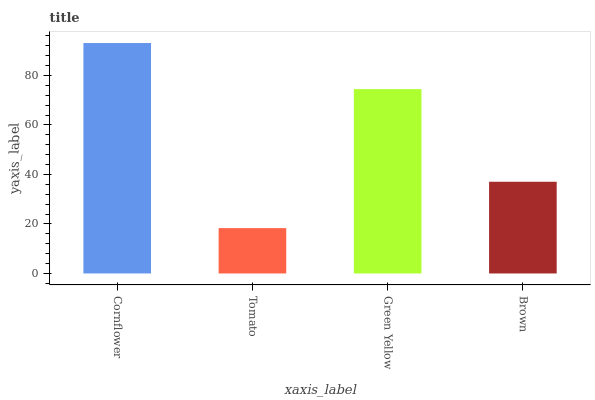
| xaxis_label | bars |
 | --- | --- |
 | Cornflower | 93.1 |
 | Tomato | 18.3 |
 | Green Yellow | 74.5 |
 | Brown | 37.1 |